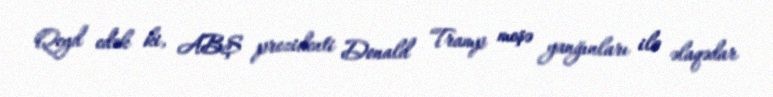
Qeyd edək ki, ABŞ prezidenti Donald Tramp meşə yanğınları ilə əlaqədar